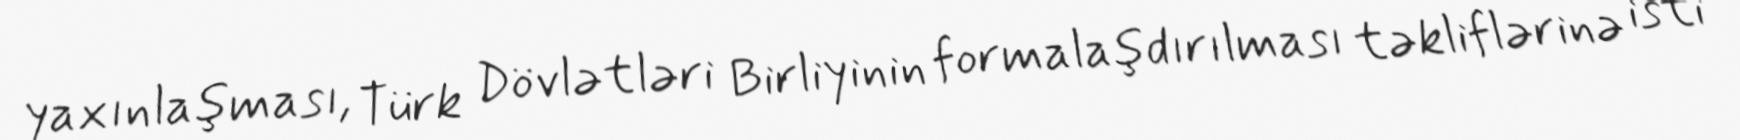
yaxınlaşması, Türk Dövlətləri Birliyinin formalaşdırılması təkliflərinə isti